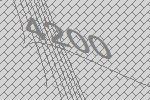
4200